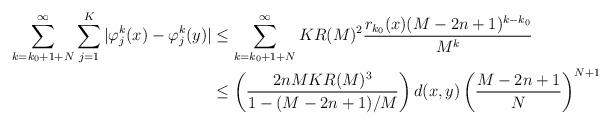
LaTeX: \begin{align*}\sum_{k=k_0+1+N}^\infty \sum_{j=1}^K |\varphi_j^k(x) - \varphi_j^k(y)| & \leq \sum_{k=k_0+1+N}^\infty KR(M)^2 \frac{r_{k_0}(x)(M-2n+1)^{k-k_0}}{M^k} \\& \leq \left(\frac{2nMKR(M)^3}{1-(M-2n+1)/M}\right)d(x,y) \left(\frac{M-2n+1}{N}\right)^{N+1} \end{align*}